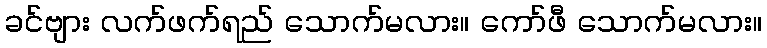
ခင်ဗျား လက်ဖက်ရည် သောက်မလား။ ကော်ဖီ သောက်မလား။